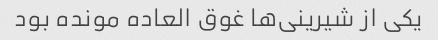
یکی از شیرینی‌ها غوق العاده مونده بود